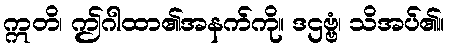
ဣတိ၊ ဤဂါထာ၏အနက်ကို။ ဒဌဗ္ဗံ၊ သိအပ်၏။